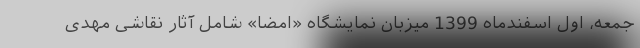
جمعه، اول اسفندماه 1399 میزبان نمایشگاه «امضا» شامل آثار نقاشی مهدی